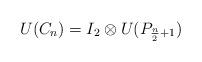
LaTeX: \begin{align*}U(C_n)=I_2\otimes U(P_{\frac{n}{2}+1})\end{align*}